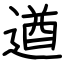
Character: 遒